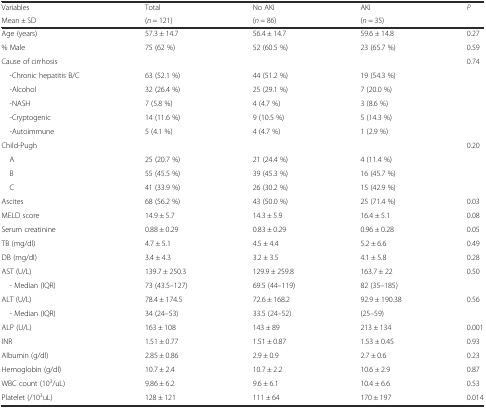
<table><thead><tr><td><b>Variables</b></td><td><b>Total</b></td><td><b>No AKI</b></td><td><b>AKI</b></td><td rowspan="2"><b><i>P</i></b></td></tr><tr><td><b>Mean ± SD</b></td><td><b>(<i>n</i> = 121)</b></td><td><b>(<i>n</i> = 86)</b></td><td><b>(<i>n</i> = 35)</b></td></tr></thead><tbody><tr><td>Age (years)</td><td>57.3 ± 14.7</td><td>56.4 ± 14.7</td><td>59.6 ± 14.8</td><td>0.27</td></tr><tr><td>% Male</td><td>75 (62 %)</td><td>52 (60.5 %)</td><td>23 (65.7 %)</td><td>0.59</td></tr><tr><td>Cause of cirrhosis</td><td></td><td></td><td></td><td>0.74</td></tr><tr><td> -Chronic hepatitis B/C</td><td>63 (52.1 %)</td><td>44 (51.2 %)</td><td>19 (54.3 %)</td><td></td></tr><tr><td> -Alcohol</td><td>32 (26.4 %)</td><td>25 (29.1 %)</td><td>7 (20.0 %)</td><td></td></tr><tr><td> -NASH</td><td>7 (5.8 %)</td><td>4 (4.7 %)</td><td>3 (8.6 %)</td><td></td></tr><tr><td> -Cryptogenic</td><td>14 (11.6 %)</td><td>9 (10.5 %)</td><td>5 (14.3 %)</td><td></td></tr><tr><td> -Autoimmune</td><td>5 (4.1 %)</td><td>4 (4.7 %)</td><td>1 (2.9 %)</td><td></td></tr><tr><td>Child-Pugh</td><td></td><td></td><td></td><td>0.20</td></tr><tr><td> A</td><td>25 (20.7 %)</td><td>21 (24.4 %)</td><td>4 (11.4 %)</td><td></td></tr><tr><td> B</td><td>55 (45.5 %)</td><td>39 (45.3 %)</td><td>16 (45.7 %)</td><td></td></tr><tr><td> C</td><td>41 (33.9 %)</td><td>26 (30.2 %)</td><td>15 (42.9 %)</td><td></td></tr><tr><td>Ascites</td><td>68 (56.2 %)</td><td>43 (50.0 %)</td><td>25 (71.4 %)</td><td>0.03</td></tr><tr><td>MELD score</td><td>14.9 ± 5.7</td><td>14.3 ± 5.9</td><td>16.4 ± 5.1</td><td>0.08</td></tr><tr><td>Serum creatinine</td><td>0.88 ± 0.29</td><td>0.83 ± 0.29</td><td>0.96 ± 0.28</td><td>0.05</td></tr><tr><td>TB (mg/dl)</td><td>4.7 ± 5.1</td><td>4.5 ± 4.4</td><td>5.2 ± 6.6</td><td>0.49</td></tr><tr><td>DB (mg/dl)</td><td>3.4 ± 4.3</td><td>3.2 ± 3.5</td><td>4.1 ± 5.8</td><td>0.28</td></tr><tr><td>AST (U/L)</td><td>139.7 ± 250.3</td><td>129.9 ± 259.8</td><td>163.7 ± 22</td><td rowspan="2">0.50</td></tr><tr><td> - Median (IQR)</td><td>73 (43.5–127)</td><td>69.5 (44–119)</td><td>82 (35–185)</td></tr><tr><td>ALT (U/L)</td><td>78.4 ± 174.5</td><td>72.6 ± 168.2</td><td>92.9 ± 190.38</td><td rowspan="2">0.56</td></tr><tr><td> - Median (IQR)</td><td>34 (24–53)</td><td>33.5 (24–52)</td><td>(25–59)</td></tr><tr><td>ALP (U/L)</td><td>163 ± 108</td><td>143 ± 89</td><td>213 ± 134</td><td>0.001</td></tr><tr><td>INR</td><td>1.51 ± 0.77</td><td>1.51 ± 0.87</td><td>1.53 ± 0.45</td><td>0.93</td></tr><tr><td>Albumin (g/dl)</td><td>2.85 ± 0.86</td><td>2.9 ± 0.9</td><td>2.7 ± 0.6</td><td>0.23</td></tr><tr><td>Hemoglobin (g/dl)</td><td>10.7 ± 2.4</td><td>10.7 ± 2.2</td><td>10.6 ± 2.9</td><td>0.87</td></tr><tr><td>WBC count (10<sup>3</sup>/uL)</td><td>9.86 ± 6.2</td><td>9.6 ± 6.1</td><td>10.4 ± 6.6</td><td>0.53</td></tr><tr><td>Platelet (/10<sup>3</sup>uL)</td><td>128 ± 121</td><td>111 ± 64</td><td>170 ± 197</td><td>0.014</td></tr></tbody></table>